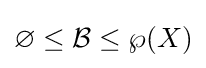
\varnothing \leq {\mathcal {B}}\leq \wp (X)